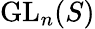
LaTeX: {\mathrm{GL}}_{n}(S)